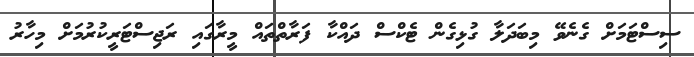
ސިސްޓަމަށް ގެނެވޭ މިބަދަލާ ގުޅިގެން ޓެކްސް ދައްކާ ފަރާތްތައް މީރާގައި ރަޖިސްޓަރީކުރުމަށް މިހާރު